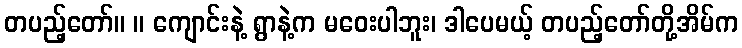
တပည့်တော်။ ။ ကျောင်းနဲ့ ရွာနဲ့က မဝေးပါဘူး၊ ဒါပေမယ့် တပည့်တော်တို့အိမ်က